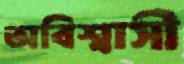
অবিশ্বাসী